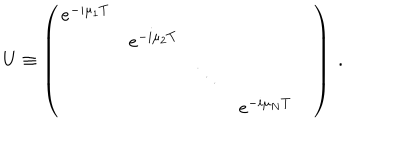
U \equiv \left( \begin{matrix} { { e ^ { - i \mu _ { 1 } T } } } & { { } } & { { } } \\ { { } } & { { e ^ { - i \mu _ { 2 } T } } } & { { } } & { { } } \\ { { } } & { { } } & { { \ddots } } & { { } } \\ { { } } & { { } } & { { } } & { { e ^ { - i \mu _ { N } T } } } & { { } } \\ \end{matrix} \right) \ .